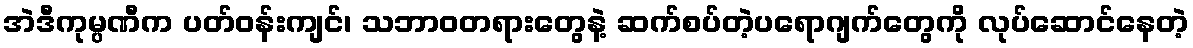
အဲဒီကုမ္ပဏီက ပတ်ဝန်းကျင်၊ သဘာဝတရားတွေနဲ့ ဆက်စပ်တဲ့ပရောဂျက်တွေကို လုပ်ဆောင်နေတဲ့